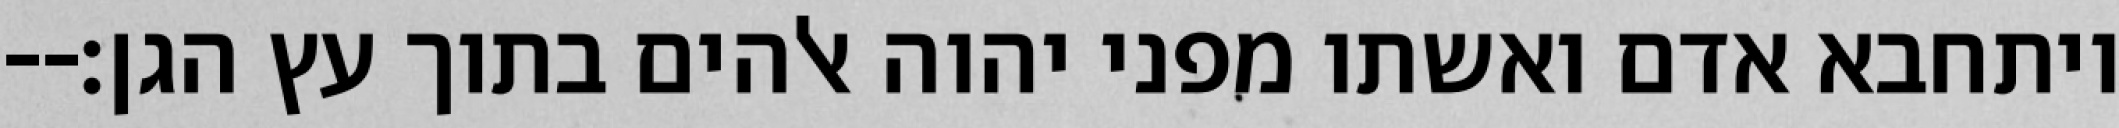
ויתחבא אדם ואשתו מפני יהוה אלהים בתוך עץ הגן׃--